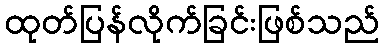
ထုတ်ပြန်လိုက်ခြင်းဖြစ်သည်